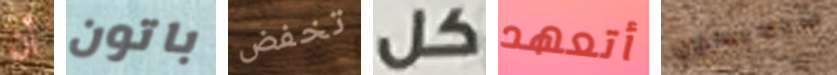
أن باتون تخفض كل أتعهد سيمبسون